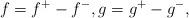
LaTeX: \begin{align*}f = f^+ - f^-, g = g^+ - g^-,\end{align*}